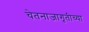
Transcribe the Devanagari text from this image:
चेतनाजागृतीच्या